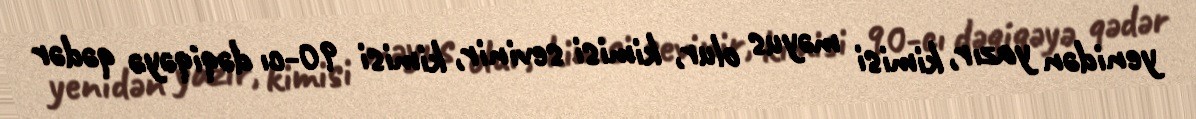
yenidən yazır, kimisi məyus olur, kimisi sevinir, kimisi 90-cı dəqiqəyə qədər